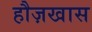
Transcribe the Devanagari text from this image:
हौज़खास